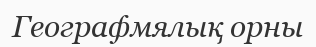
Географмялық орны